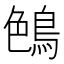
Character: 𪁅